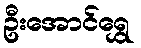
ဦးအောင်ရွှေ